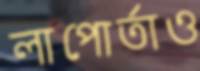
লাপোর্তাও